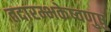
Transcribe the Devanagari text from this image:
तदारम्भकेष्वणुषु